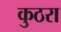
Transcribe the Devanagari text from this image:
कुठरा